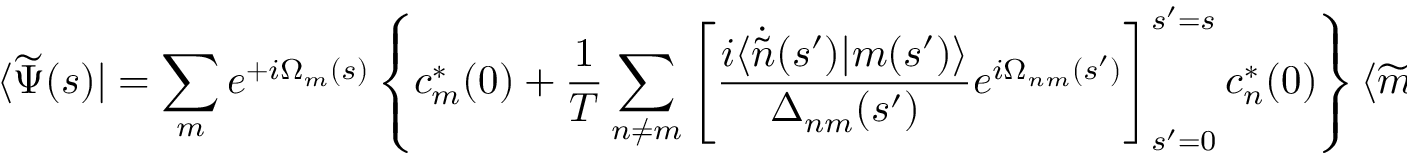
\langle \widetilde { \Psi } ( s ) | = \sum _ { m } e ^ { + i \Omega _ { m } ( s ) } \left\{ c _ { m } ^ { * } ( 0 ) + \frac { 1 } { T } \sum _ { n \neq m } \left[ \frac { i \langle \dot { \widetilde { n } } ( s ^ { \prime } ) | m ( s ^ { \prime } ) \rangle } { \Delta _ { n m } ( s ^ { \prime } ) } e ^ { i \Omega _ { n m } ( s ^ { \prime } ) } \right] _ { s ^ { \prime } = 0 } ^ { s ^ { \prime } = s } c _ { n } ^ { * } ( 0 ) \right\} \langle \widetilde { m } ( s ) | .